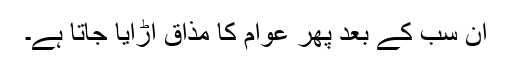
اِن سب کے بعد پھر عوام کا مذاق اڑایا جاتا ہے۔